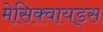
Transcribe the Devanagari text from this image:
मेसिक्वायड्स